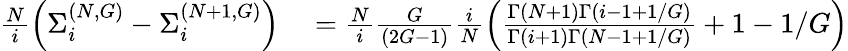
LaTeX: \begin{array}{rl}{\frac{N}{i}\left(\Sigma_{i}^{(N,G)}-\Sigma_{i}^{(N+1,G)}\right)}&{{}=\frac{N}{i}\frac{G}{\left(2G-1\right)}\frac{i}{N}\left(\frac{\Gamma\left(N+1\right)\Gamma\left(i-1+1/G\right)}{\Gamma\left(i+1\right)\Gamma\left(N-1+1/G\right)}+1-1/G\right)}\end{array}